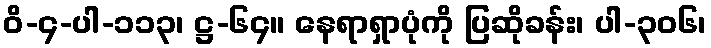
ဝိ-၄-ပါ-၁၁၃၊ ဋ္ဌ-၆၄။ နေရာရှာပုံကို ပြဆိုခန်း၊ ပါ-၃၀၆၊